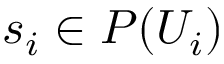
s _ { i } \in P ( U _ { i } )